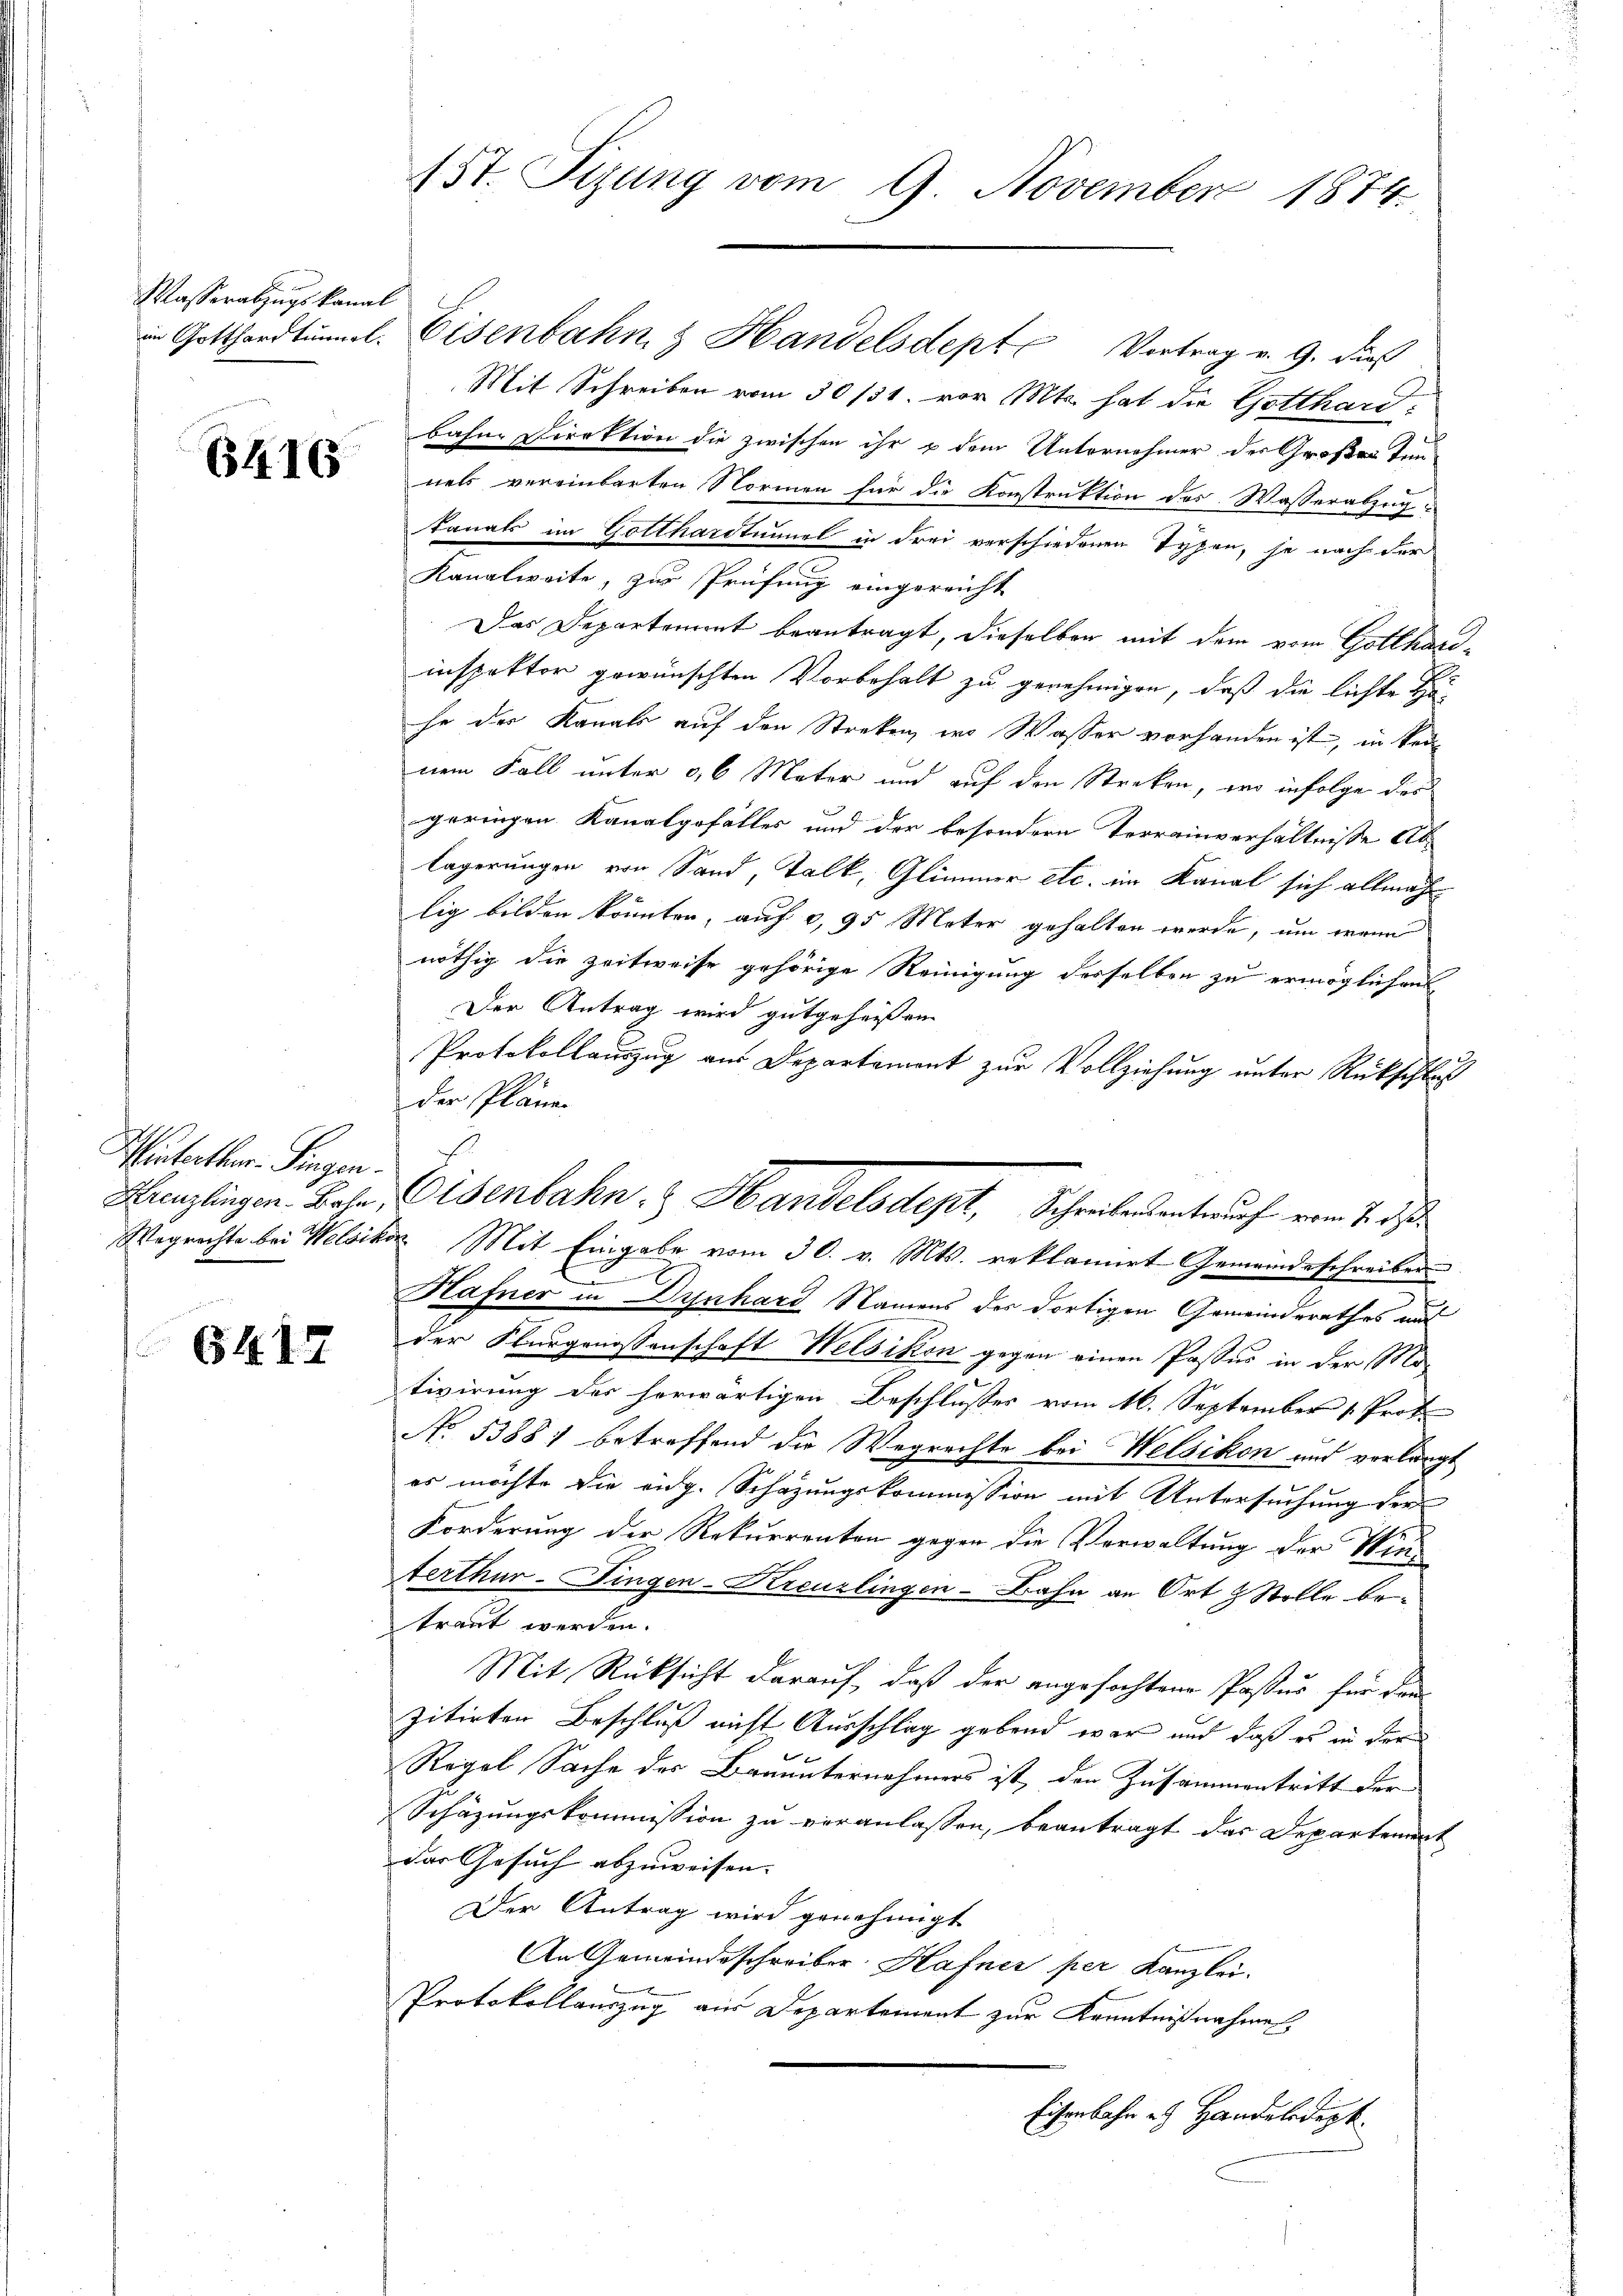
Wasserabzugskanal

B416

Pinterther. Singen.
Wegrechte bei Welsit

6417

15t. Tizung vom 9. November 1874.

in Gotthardtuml. Eisenbahn & Handelsdept Vortrag v. 9. Dars
Mit Schreiben vom 30/31. vor. Mts. hat die Gotthard-
bahne Direktion die zwischen ihr u dem Unternehmer des Großer Tun
nels vereinbarten Normen für die Konstruktion des Wasserabzug
kanats im Gotthardtunnel in drei verschiedenen Typen, je nach der
Kanalweite, zur Prüfung eingereicht
Das Departement beantragt, dieselben mit dem vom Gotthard-
inspektor gewünschten Vorbehalt zu genehmigen, daß die lichte H
he der Kanals auf den Streken, wo Wasser vorhanden ist, in kein
nem Fall unter 9,6 Mater und auf den Streken, wo infolge des
geringen Kanalgefälles und der besondern Terrainverhältnisse ab
lägerungen von Sand, Talk, Glimmer etc. im Kanal sich allmach
lig bilden könnten, auf 3,95 Meter gehalten werde, um wann
nöthig die Zeitweise gehörige Reinigung desselben zu ermöglichens
Der Antrag wird gutgeheißen
Protokollauszug aus Departement zur Vollziehung unter Rückschluß
der Pläne.
bor. Mit Eingabe vom 30. v. Mts. reklamirt Gemeindeschreiben
Hafner in Dynhard Namens des dortigen Gemeinderathes und
der Flurgenossenschaft Welsikon gegen einen Passus in der Motivirung des herwärtigen Beschlusses vom 16. September 1. Prof.
No 53881 betreffend die Wegrechte bei Welsikon und verlangt
es möchte die vidg. Schazungskommission mit Untersuchung der
Forderung der Rekurrenten gegen die Verwaltung der Winterthur. Fingen-Kreuzlingen-Bahn an Ort & Stelle betraut werden.
Mit Rücksicht darauf, daß der angefochtene Passur für den
zitirten Beschluß nicht Ausschlag gebend war und daß es in der
Regel Sache des Bauunternehmers ist, den Zusammentritt der
Schäzungskommission zu veranlassen, beantragt das Departement
das Gesuch abzuweisen. |
Der Antrag wird genehmigt
An Gemeindeschreiber Hafner per Kanzlei.

Protokollauszug aus Departement zur Kenntnißnahme
Eisenbahn es Handelsdept.

Kanzlingen. Base, Eisenbahn & Handelsdept, Schreibendenteruch vom 7. daß